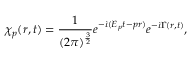
\chi _ { \boldsymbol { p } } ( \boldsymbol { r } , t ) = \frac { 1 } { ( 2 \pi ) ^ { \frac { 3 } { 2 } } } e ^ { - \dot { \iota } ( E _ { p } t - \boldsymbol { p r } ) } e ^ { - \dot { \iota } \Gamma ( \boldsymbol { r } , t ) } ,